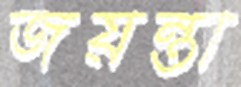
জয়ন্তা